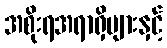
အစိုးရအရာရှိများနှင့်